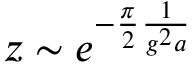
z \sim e ^ { - \frac { \pi } 2 \frac 1 { g ^ { 2 } a } }